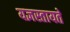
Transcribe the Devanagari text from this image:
यज्ञस्तायते